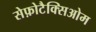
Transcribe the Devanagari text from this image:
सेफ़ोटैक्सिओम